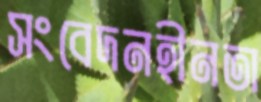
সংবেদনহীনতা